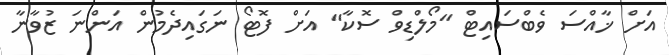
އަށް ޚާއްސަ ވެބްސައިޓް "މޯލްޑިވް ސޮކާ" އަށް ފޮޓޯ ނަގައިދެމުން އަންނަ ޒުވާނާ